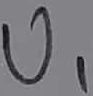
Text: U1